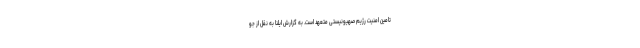
تامین امنیت رژیم صهیونیستی متعهد است. به گزارش ایلنا به نقل از جو